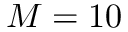
M = 1 0